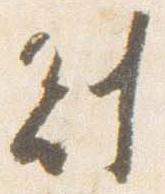
副